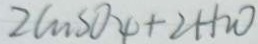
2 C n S O _ { 4 } + 2 H _ { 2 } O